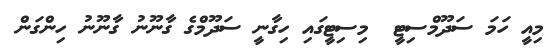
މިއީ ހަމަ ސަދޫމްސިޓީ  މިސިޓީގައި ހިގާނީ ސަދޫމްގެ ގާނޫނު ގާނޫނު ހިންގަން